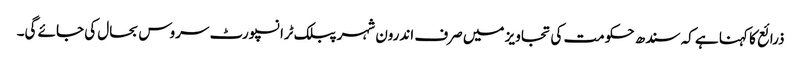
ذرائع کا کہنا ہے کہ سندھ حکومت کی تجاویز میں صرف اندرون شہر پبلک ٹرانسپورٹ سروس بحال کی جائے گی۔